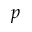
p